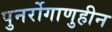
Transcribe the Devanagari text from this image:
पुनर्रोगाणुहीन